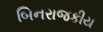
બિનરાજકીય